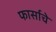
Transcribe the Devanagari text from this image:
फार्साचे